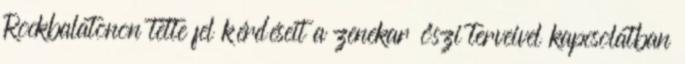
Rockbalatonon tette fel kérdéseit a zenekar őszi terveivel kapcsolatban